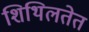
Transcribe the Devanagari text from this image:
शिथिलतेत